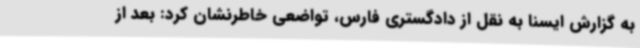
به گزارش ایسنا به نقل از دادگستری فارس، تواضعی خاطرنشان کرد: بعد از